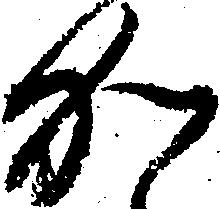
加